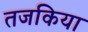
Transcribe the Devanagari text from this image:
तजकिया